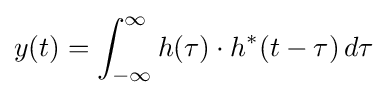
y(t)=\int _{-\infty }^{\infty }h(\tau )\cdot h^{*}(t-\tau )\,d\tau